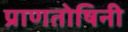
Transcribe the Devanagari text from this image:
प्राणतोषिनी